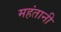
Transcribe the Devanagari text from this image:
महंतानी